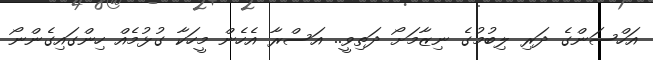
އަހްސަންގެ ދަރި ލިބުމުގެ ނިޒާމަށޯ ދަތިވީ.. އަސްރާ އެހެން މީހަކާ ގުޅުމެއް ހިންގައިގެންނޯ